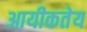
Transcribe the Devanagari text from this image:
आयीकतेय